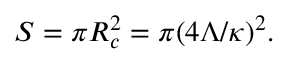
S = \pi R _ { c } ^ { 2 } = \pi ( { 4 \Lambda } / { \kappa } ) ^ { 2 } .